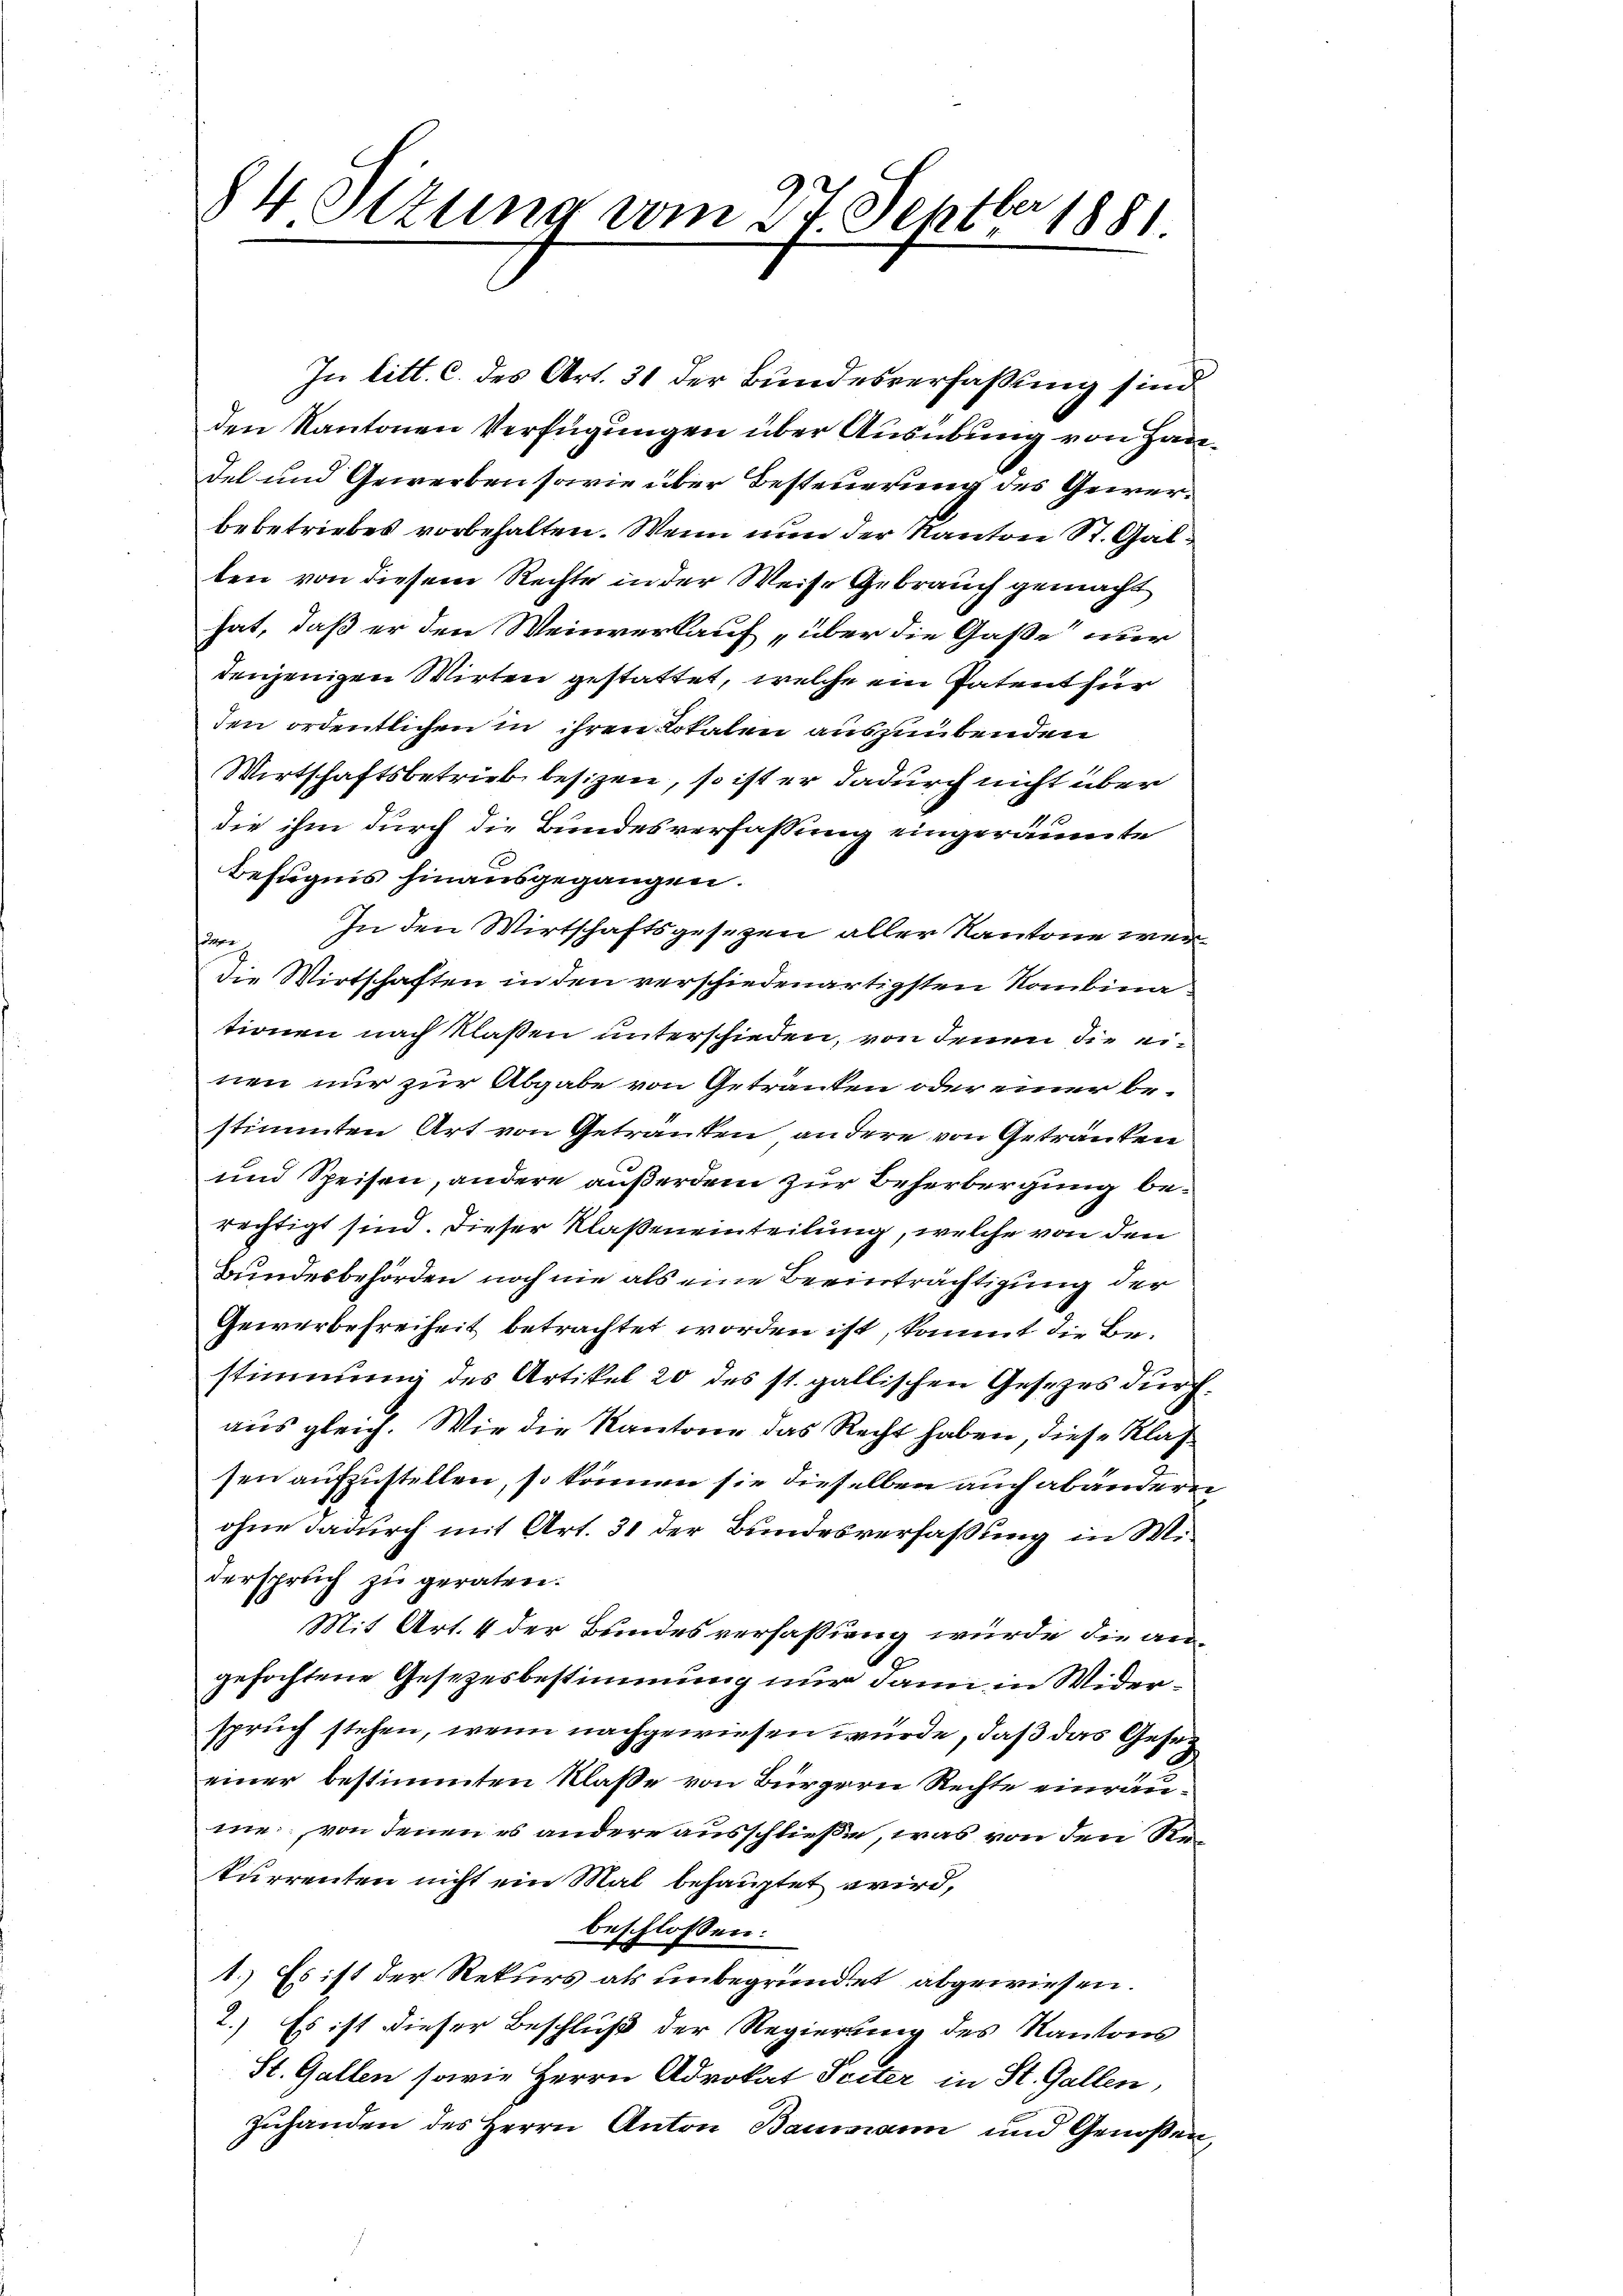
84 Otzung vom 27. Septbr 1881

In litt. c. des Art. 31 der Bundesverfassung sind
den Kantonen Verfügungen über Ausübung von Handel und Gewerben sowie über Besteuerung des Gewerbebetriebes vorbehalten. Wenn nun der Kanton St. Gallen von diesem Rechte in der Weise Gebrauch gemacht
hat, daß er den Weinverkauf „über die Gaße nur
denjenigen Wirten gestattet, welche ein Patent für
den ordentlichen in ihren Lokalen auszuübenden
Wirtschaftsbetrieb besizen, so ist er dadurch nicht über
1
die ihm durch die Bundesverfassung eingeräumte
Befugnis hinausgegangen.
. In den Wirtschaftsgesezen aller Kantone wer-
Die Wirtschaften in den verschiedenartigsten Kombinationen nach Klassen unterschieden, von denen die einen nur zur Abgabe von Getränken oder einer bestimmten Art von Getränken andere von Getränken
und Speisen, andere außerdem zur Beherbergung berechtigt sind. Dieser Klaßeneinteilung, welche von den
Bundesbehörden noch nie als eine Beeinträchtigung der
Gewerbefreiheit betrachtet worden ist, kommt die Bestimmung des Artikel 20 des st. gallischen Gesezes durch
aus gleich. Wie die Kantone das Recht haben diese Klas
sen aufzustellen, so können sie dieselben auch abänderen
ohne dadurch mit Art. 31 der Bundesverfassung in Miderspruch zu geraten.
Mit Art. 4 der Bundesverfassung würde die angefochtene Gesetzesbestimmung nur dann in Widerspruch stehen, wenn nachgewiesen wurde, daß das Geseeiner bestimmten Klaße von Bürgern Rechte einräume, von denen es andere ausschließe, was von den Rekurrenten nicht ein Mal behauptet wird,
beschlossen:
1.) Es ist der Rekurs als unbegründet abgewiesen.
2.) Es ist dieser Beschluß der Regierung des Kantons
St. Gallen sowie Herrn Advokat Seiter in St. Gallen,
zuhanden des Herrn Anton Baumann und Genoßen